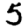
Digit: 5